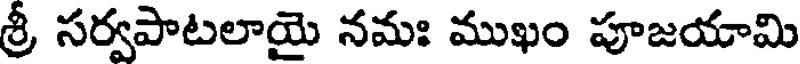
శ్రీ సర్వపాటలాయై నమః ముఖం పూజయామి